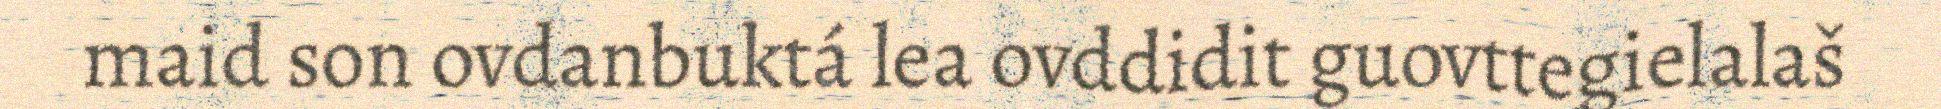
maid son ovdanbuktá lea ovddidit guovttegielalaš